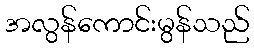
အလွန်ကောင်းမွန်သည်